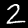
Label: 2